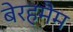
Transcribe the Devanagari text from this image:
बेरहमैम